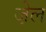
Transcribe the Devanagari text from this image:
जे़ल